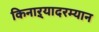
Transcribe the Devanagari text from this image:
किनाऱ्यादरम्यान